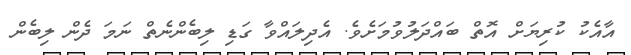
އާއެކު ކުރިޔަށް އޮތް ބައްދަލުވުމަށެވެ. އެދިލައްވާ ގަޑި ލިބެންނެތް ނަމަ ދެން ލިބެން